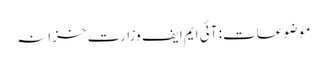
موضوعات: آئی ایم ایف وزارت خزانہ